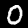
Label: 0